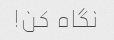
نگاه کن!